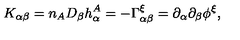
K _ { \alpha \beta } = n _ { A } D _ { \beta } h _ { \alpha } ^ { A } = - \Gamma _ { \alpha \beta } ^ { \xi } = \partial _ { \alpha } \partial _ { \beta } \phi ^ { \xi } ,